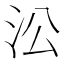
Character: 㳂